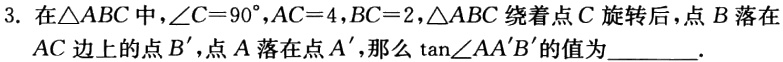
3. 在$\triangle ABC$中，$\angle C = 90^{\circ}$，$AC = 4$，$BC = 2$，$\triangle ABC$绕着点$C$旋转后，点$B$落在$AC$边上的点$B'$，点$A$落在点$A'$，那么$\tan\angle AA'B'$的值为  ．